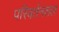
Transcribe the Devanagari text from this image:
परिवर्तनशल